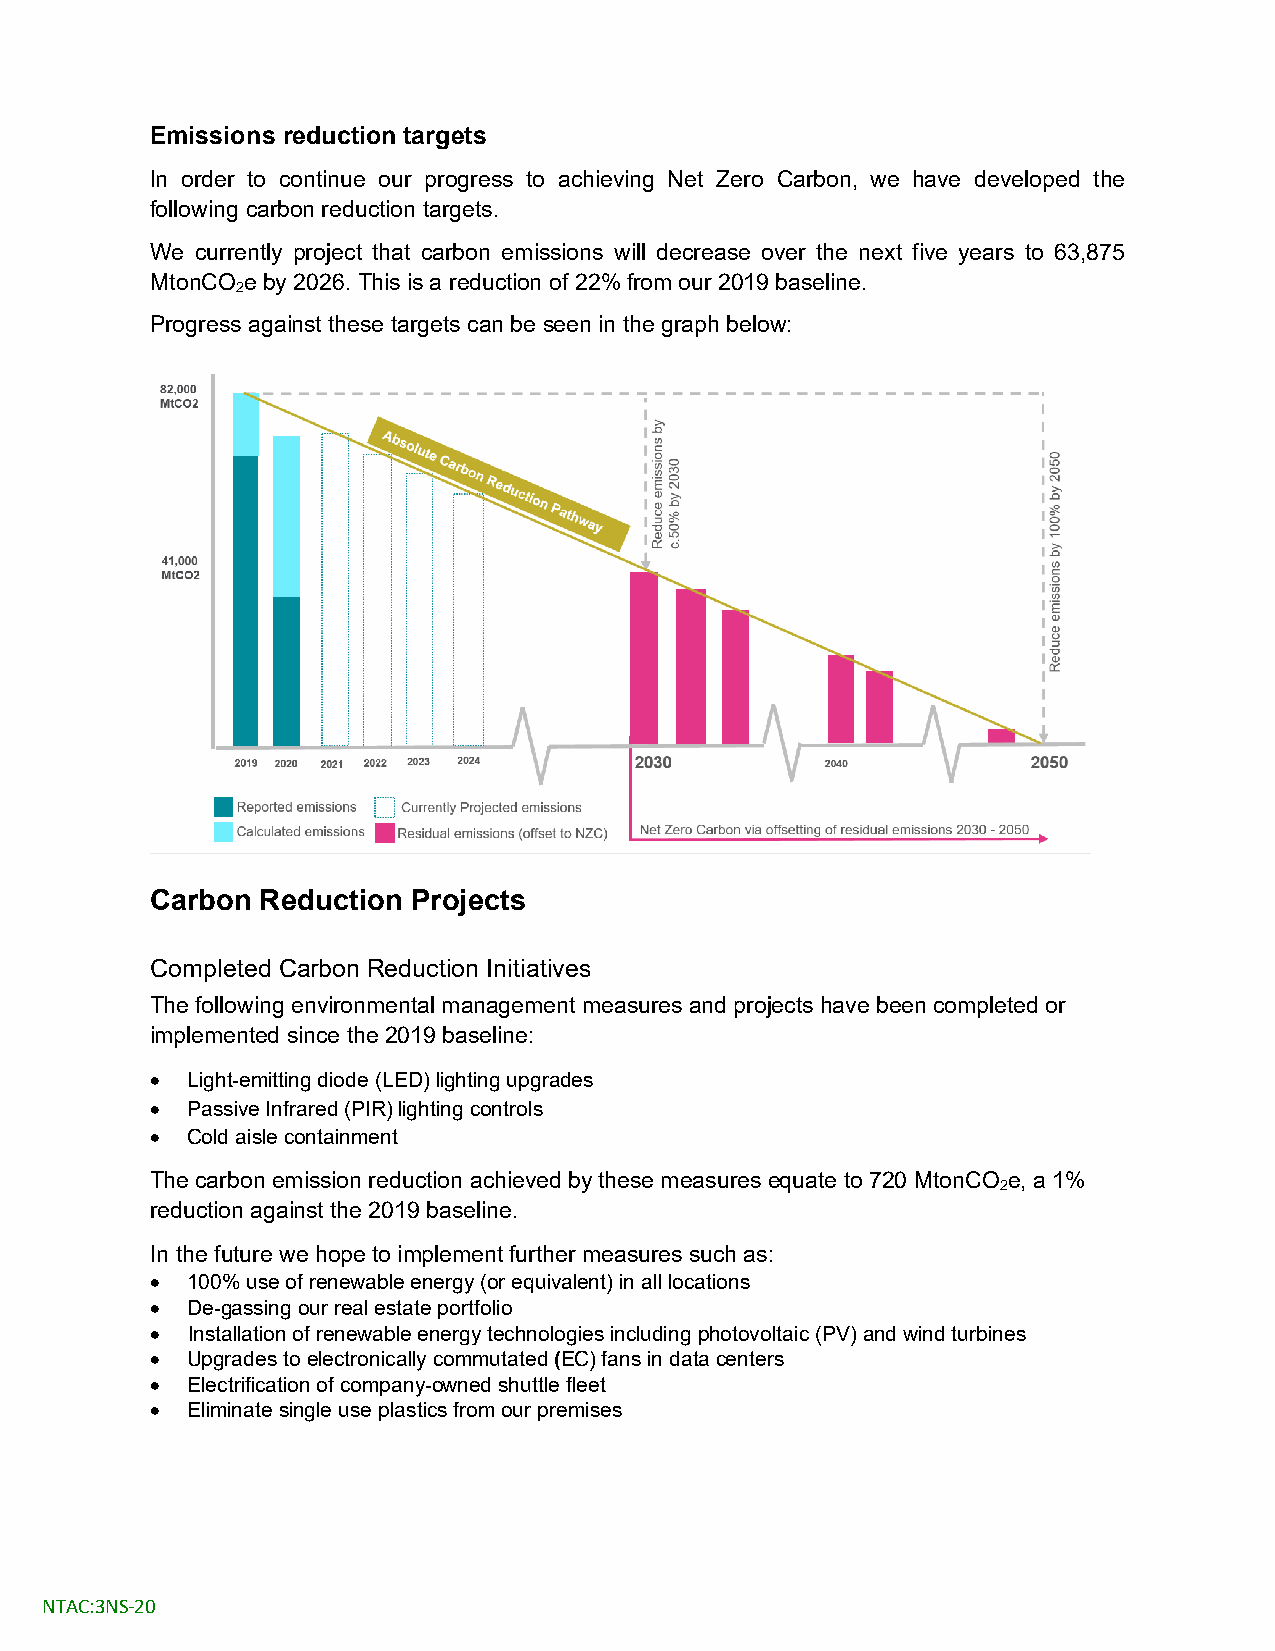
Emissions reduction targets
 In order to continue our progress to achieving Net Zero Carbon, we have developed the
 following carbon reduction targets.
 We currently project that carbon emissions will decrease over the next five years to 63,875
 MtonCO e by 2026. This is a reduction of 22% from our 2019 baseline.
 2
 Progress against these targets can be seen in the graph below:
 Carbon Reduction Projects
 Completed Carbon Reduction Initiatives
 The following environmental management measures and projects have been completed or
 implemented since the 2019 baseline:
 • Light-emitting diode (LED) lighting upgrades
 • Passive Infrared (PIR) lighting controls
 • Cold aisle containment
 The carbon emission reduction achieved by these measures equate to 720 MtonCO e, a 1%
 2
 reduction against the 2019 baseline.
 In the future we hope to implement further measures such as:
 • 100% use of renewable energy (or equivalent) in all locations
 • De-gassing our real estate portfolio
 • Installation of renewable energy technologies including photovoltaic (PV) and wind turbines
 • Upgrades to electronically commutated (EC) fans in data centers
 • Electrification of company-owned shuttle fleet
 • Eliminate single use plastics from our premises
 NTAC:3NS-20